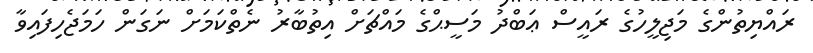
ރައްޔިތުންގެ މަޖިލީހުގެ ރައީސް ޢަބްދު މަސީޙްގެ މައްޗަށް އިތުބާރު ނެތްކަމަށް ނަގަން ހަމަޖެހިފައިވާ